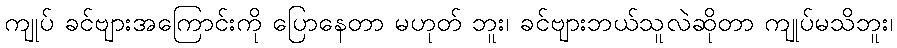
ကျုပ် ခင်ဗျားအကြောင်းကို ပြောနေတာ မဟုတ် ဘူး၊ ခင်ဗျားဘယ်သူလဲဆိုတာ ကျုပ်မသိဘူး၊